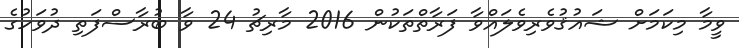
ވީމާ މިކަމަށް ޝައުޤުވެރިވެލައްވާ ފަރާތްތަކުން 2016 މާރިޗު 24 ވާ ބުރާސްފަތި ދުވަހުގެ